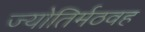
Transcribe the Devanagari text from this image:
ज्योतिर्मठवह